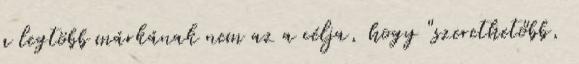
a legtöbb márkának nem az a célja, hogy "szerethetőbb,